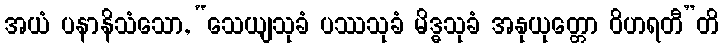
အယံ ပနာနိသံသော, “သေယျသုခံ ပဿသုခံ မိဒ္ဓသုခံ အနုယုတ္တော ဝိဟရတီ”တိ